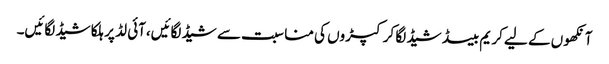
آنکھو ں کے لیے کر یم بیسڈ شیڈ لگا کر کپڑوں کی منا سبت سے شیڈ لگائیں،آئی لڈ پر ہلکا شیڈ لگائیں۔